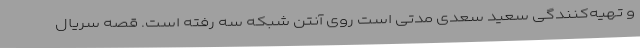
و تهیه‌کنندگی سعید سعدی مدتی است روی آنتن شبکه سه رفته است. قصه سریال